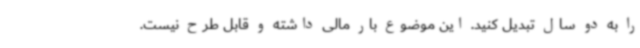
را به دو سال تبدیل کنید. این موضوع بار مالی داشته و قابل طرح نیست.